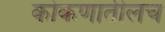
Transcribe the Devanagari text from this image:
कोकणातीलच